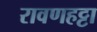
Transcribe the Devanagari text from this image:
रावणहट्टा